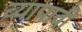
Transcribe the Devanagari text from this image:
व्यापावी